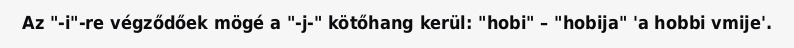
Az "-i"-re végződőek mögé a "-j-" kötőhang kerül: "hobi" – "hobija" 'a hobbi vmije'.